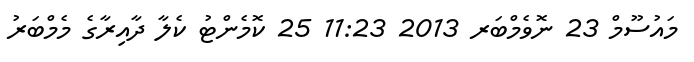
މައުސޫމް 23 ނޮވެމްބަރ 2013 11:23 25 ކޮމެންޓު ކެލާ ދާއިރާގެ މެމްބަރު